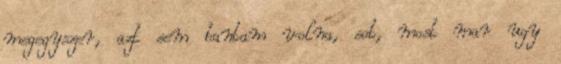
megegyszer, azt sem bantam volna, sot, most mar ugy